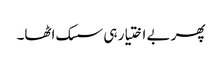
پھر بے اختیار ہی سسک اٹھا۔